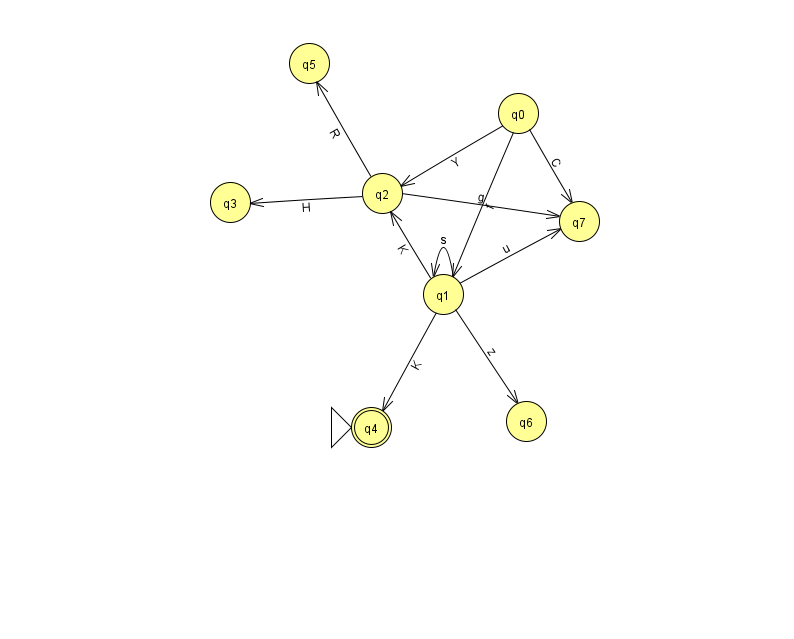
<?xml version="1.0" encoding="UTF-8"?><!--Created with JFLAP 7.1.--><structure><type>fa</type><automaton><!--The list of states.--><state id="0" name="q0"><x>518.0</x><y>100.0</y></state><state id="1" name="q1"><x>443.0</x><y>281.0</y></state><state id="2" name="q2"><x>382.0</x><y>180.0</y></state><state id="3" name="q3"><x>230.0</x><y>189.0</y></state><state id="4" name="q4"><x>371.0</x><y>414.0</y><initial/><final/></state><state id="5" name="q5"><x>309.0</x><y>50.0</y></state><state id="6" name="q6"><x>526.0</x><y>408.0</y></state><state id="7" name="q7"><x>579.0</x><y>208.0</y></state><!--The list of transitions.--><transition><from>2</from><to>5</to><read>R</read></transition><transition><from>0</from><to>7</to><read>C</read></transition><transition><from>1</from><to>1</to><read>s</read></transition><transition><from>1</from><to>4</to><read>K</read></transition><transition><from>2</from><to>7</to><read>g</read></transition><transition><from>1</from><to>2</to><read>K</read></transition><transition><from>2</from><to>3</to><read>H</read></transition><transition><from>1</from><to>7</to><read>u</read></transition><transition><from>0</from><to>1</to><read>f</read></transition><transition><from>0</from><to>2</to><read>Y</read></transition><transition><from>1</from><to>6</to><read>z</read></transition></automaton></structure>